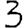
Digit: 3